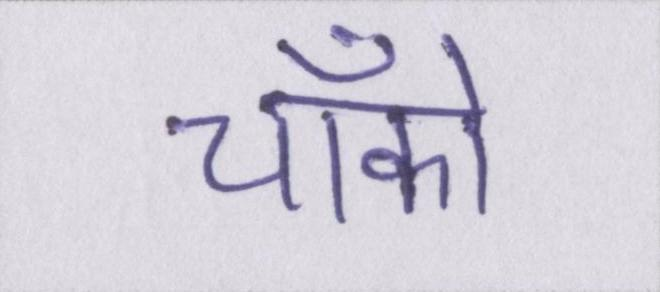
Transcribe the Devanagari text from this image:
चॉको